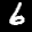
Label: 6